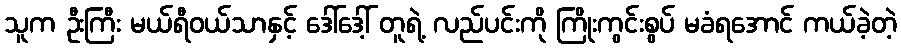
သူက ဦးကြီး မယ်ရီဝယ်သာနှင့် ဒေါ်ဒေါ့် တူရဲ့ လည်ပင်းကို ကြိုးကွင်းစွပ် မခံရအောင် ကယ်ခဲ့တဲ့